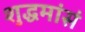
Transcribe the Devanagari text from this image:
शुद्धमांसं